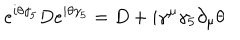
e ^ { i \theta \gamma _ { 5 } } D e ^ { i \theta \gamma _ { 5 } } = D + i \gamma ^ { \mu } \gamma _ { 5 } \partial _ { \mu } \theta